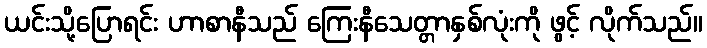
ယင်းသို့ပြောရင်း ဟာစာနီသည် ကြေးနီသေတ္တာနှစ်လုံးကို ဖွင့် လိုက်သည်။